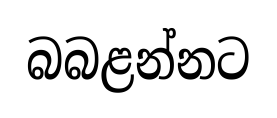
බබළන්නට